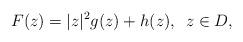
LaTeX: \begin{align*}F(z)=|z|^{2}g(z)+h(z),\,\,\,z\in D,\end{align*}